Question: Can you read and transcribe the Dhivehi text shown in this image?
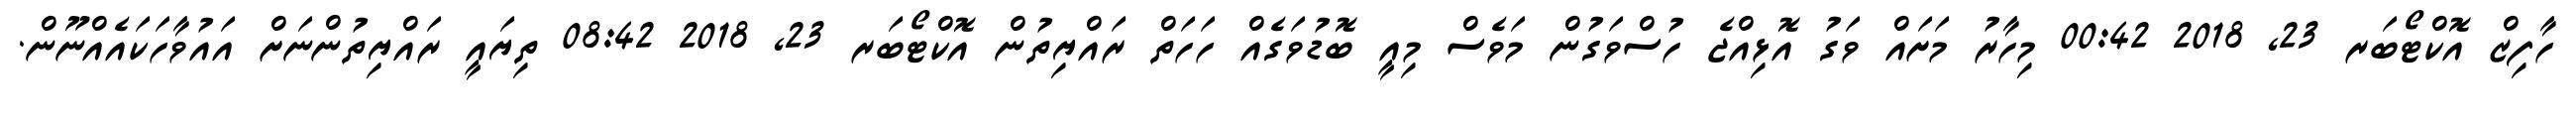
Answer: ހާފިޒް އޮކްޓޯބަރ 23, 2018 00:42 މިހާރު މަށައް ވަގު އޮޅިއްޖެ ހުސްވަގުން މަވެސް މިއީ ބޮޑުވަގެއް ހަހަތް ރައްޔިތުން އޮކްޓޯބަރ 23, 2018 08:42 ތިޔައީ ރައްޔިތުންނަށް އައުވާހަކައެއްނޫން.